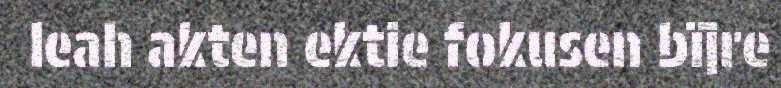
leah akten ektie fokusen bïjre